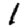
Digit: 1